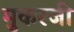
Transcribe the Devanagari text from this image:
मुकरजी